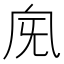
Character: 𣄯